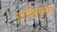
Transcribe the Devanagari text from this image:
उपविषुवतीय